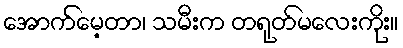
အောက်မေ့တာ၊ သမီးက တရုတ်မလေးကိုး။